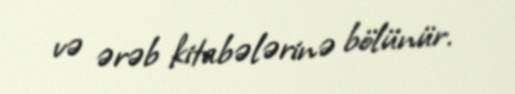
və ərəb kitabələrinə bölünür.